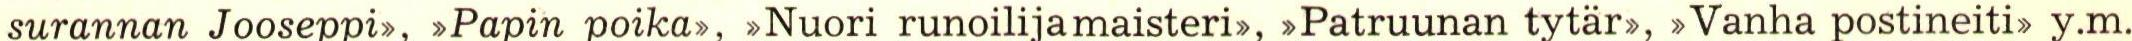
surannan Jooseppi>, >Papin poika>, >Nuori runoilijamaisteris, >Patruunan tytar, >Vanha postineiti, y.m.